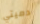
دميتي